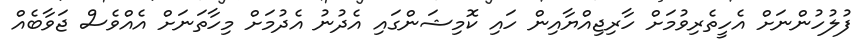
ފުލުހުންނަށް އެހީތެރިވުމަށް ހާރިޖިއްޔާއިން ހައި ކޮމިޝަންގައި އެދުނު އެދުމަށް މިހާތަނަށް އެއްވެސް ޖަވާބެއް